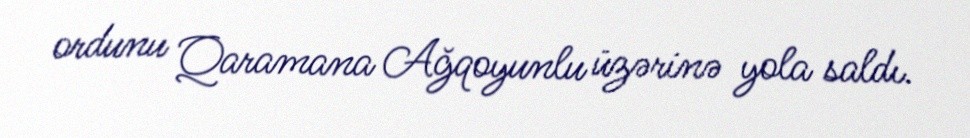
ordunu Qaramana Ağqoyunlu üzərinə yola saldı.